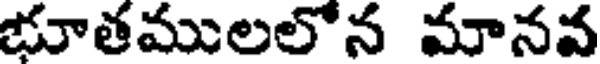
భూతములలోన మానవ